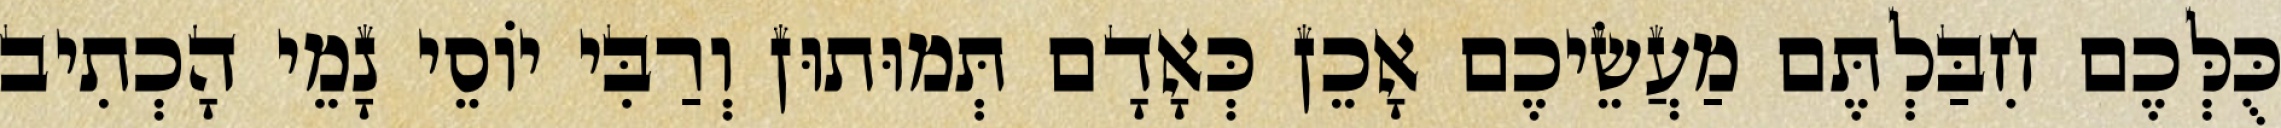
כֻּלְּכֶם חִבַּלְתֶּם מַעֲשֵׂיכֶם אָכֵן כְּאָדָם תְּמוּתוּן וְרַבִּי יוֹסֵי נָמֵי הָכְתִיב